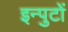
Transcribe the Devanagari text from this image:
इन्पुटों